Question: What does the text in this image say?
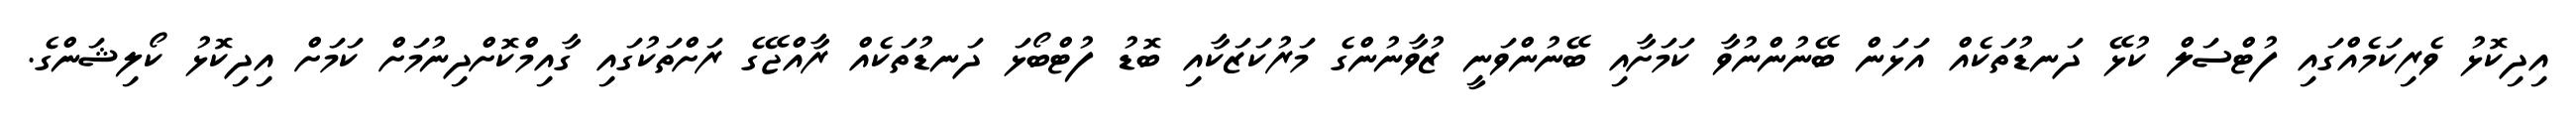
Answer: އިދިކޮޅު ވެރިކަމެއްގައި ފުޓްސަލް ކުޅޭ ދަނޑުތަކެއް އަޅަން ބޭނުންނުވާ ކަމަށާއި ބޭނުންވަނީ ޒުވާނުންގެ މަރުކަޒަކާއި ބޮޑު ފުޓްބޯޅަ ދަނޑުތަކެއް ރާއްޖޭގެ ރަށްތަކުގައި ގާއިމްކޮށްދިނުމަށް ކަމަށް އިދިކޮޅު ކޯލިޝަންގެ.